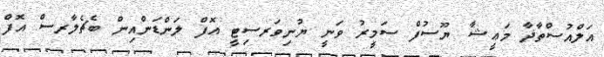
އަލްއުސްތާޛާ މަޢީޝާ ޔޫސުފް ސަމީރު ވަނީ ޔުނިވަރސިޓީ އޮފް ލަންޑަންއިން ބެޗެލާރސް އޮފް